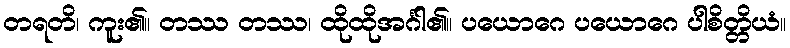
တရတိ၊ ကူး၏။ တဿ တဿ၊ ထိုထိုအင်္ဂါ၏။ ပယောဂေ ပယောဂေ ပါစိတ္တိယံ။